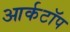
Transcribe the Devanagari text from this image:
आर्कटॉप